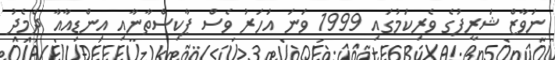
ނަވާޒް ޝަރީފުގެ ވެރިކަމުގައި 1999 ވަނަ އަހަރު ވެސް ޕާކިސްތާނާއި އިންޑިއާއާ ދެމެދު